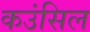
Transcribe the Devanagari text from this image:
कउंसिल